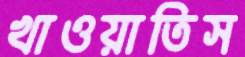
খাওয়াতিস